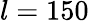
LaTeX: l=150